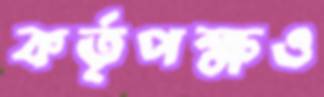
কর্তৃপক্ষও